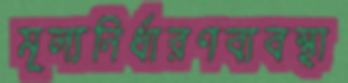
মূল্যনির্ধারণব্যবস্থা